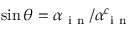
\sin \theta = \alpha _ { \mathrm { ~ i ~ n ~ } } / \alpha _ { \mathrm { ~ i ~ n ~ } } ^ { c }